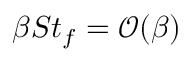
\beta S t _ { f } = \mathcal { O } ( \beta )